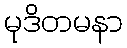
မုဒိတမနာ